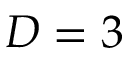
D = 3